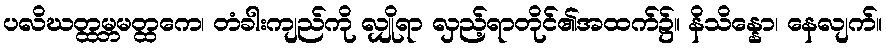
ပလိဃတ္ထမ္ဘမတ္ထကေ၊ တံခါးကျည်ကို လျှိုရာ လှည့်ရာတိုင်၏အထက်၌။ နိသိန္နော၊ နေလျက်။